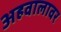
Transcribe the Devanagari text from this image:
अहवालावर